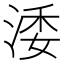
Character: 涹